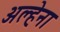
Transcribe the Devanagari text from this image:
अल्हेना